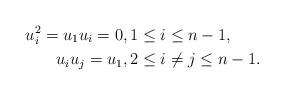
LaTeX: \begin{align*}u_i^2=u_1u_i=0&,1\leq i\leq n-1,\\u_iu_j=u_1&,2\leq i\neq j\leq n-1.\end{align*}